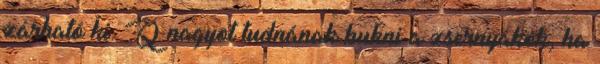
zárható ki. Q nagyot tudnának bukni a zsernyákok, ha